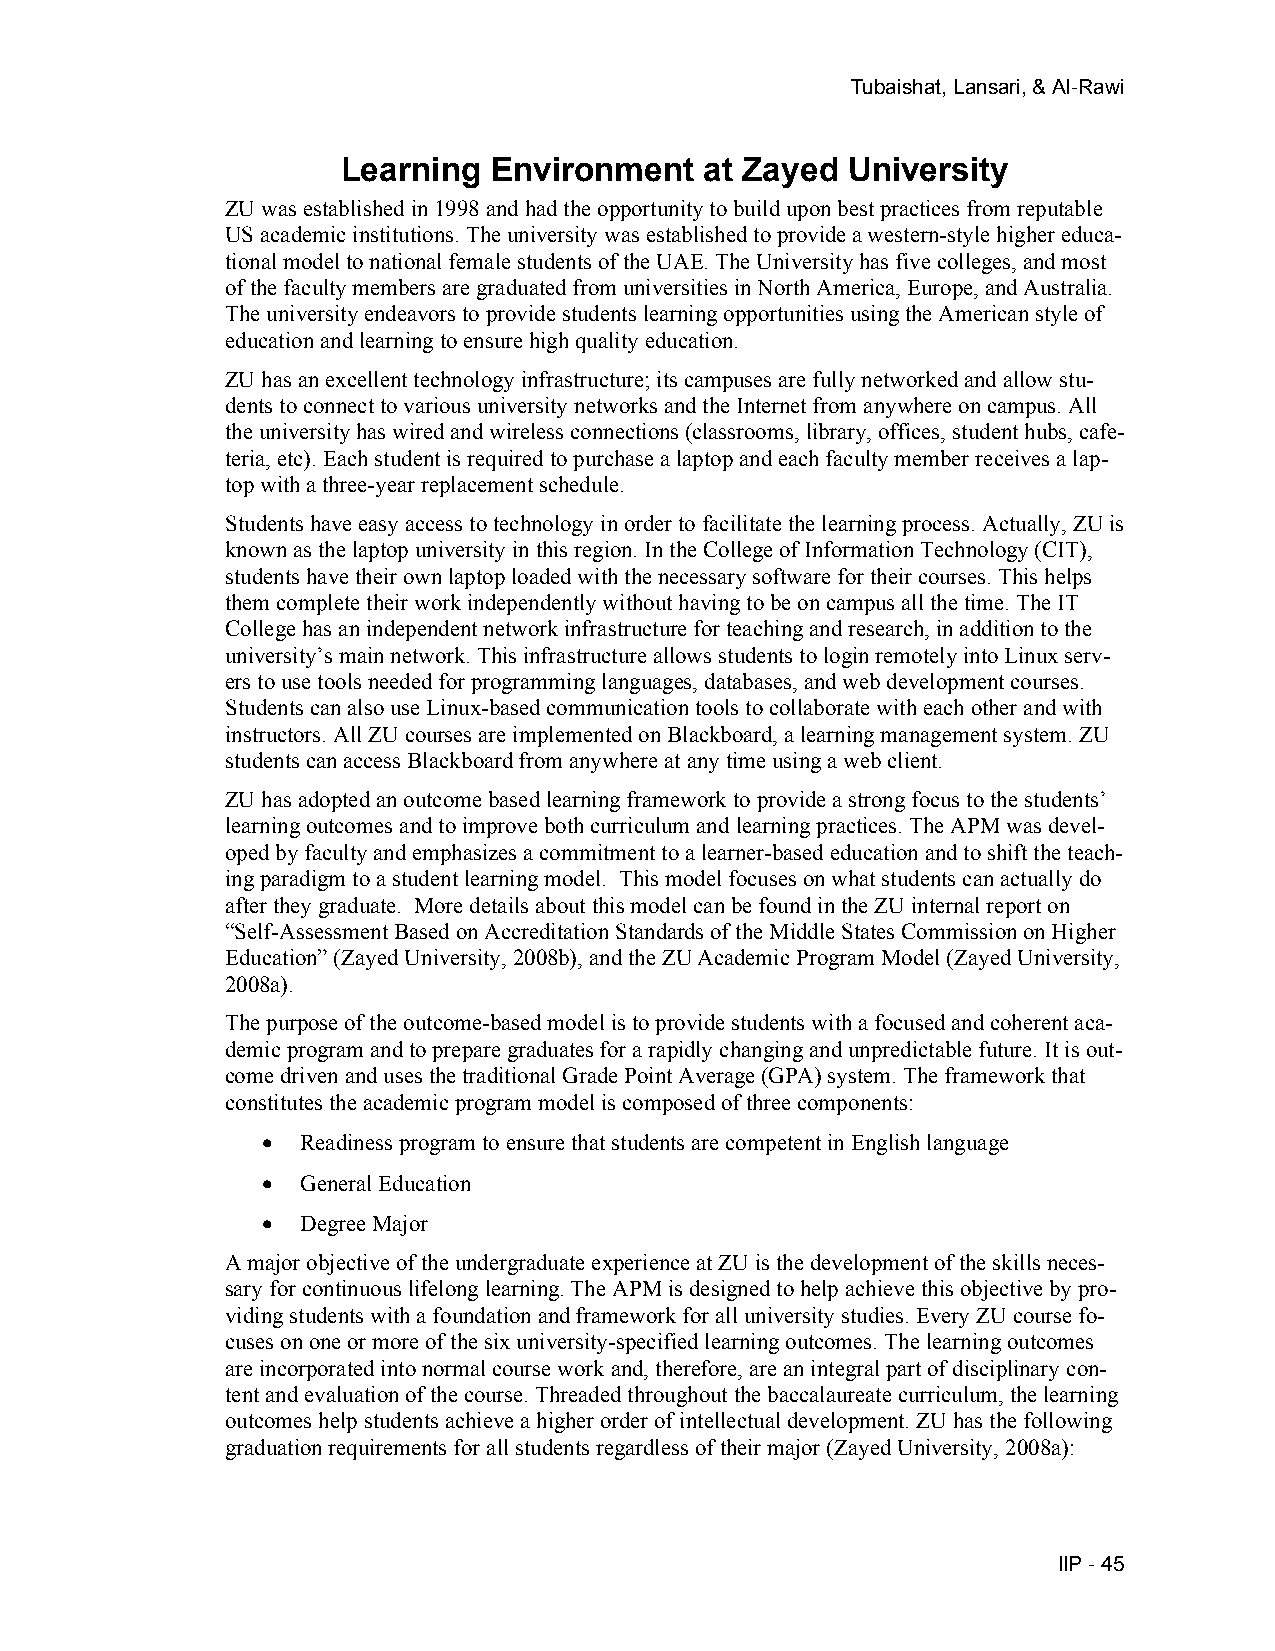
Tubaishat, Lansari, & Al-Rawi
 Learning Environment    at Zayed University
 ZU was established in 1998 and had the opportunity to build upon best practices from reputable
 US academic institutions. The university was established to provide a western-style higher educa-
 tional model to national female students of the UAE. The University has five colleges, and most
 of the faculty members are graduated from universities in North America, Europe, and Australia.
 The university endeavors to provide students learning opportunities using the American style of
 education and learning to ensure high quality education.
 ZU has an excellent technology infrastructure; its campuses are fully networked and allow stu-
 dents to connect to various university networks and the Internet from anywhere on campus. All
 the university has wired and wireless connections (classrooms, library, offices, student hubs, cafe-
 teria, etc). Each student is required to purchase a laptop and each faculty member receives a lap-
 top with a three-year replacement schedule.
 Students have easy access to technology in order to facilitate the learning process. Actually, ZU is
 known as the laptop university in this region. In the College of Information Technology (CIT),
 students have their own laptop loaded with the necessary software for their courses. This helps
 them complete their work independently without having to be on campus all the time. The IT
 College has an independent network infrastructure for teaching and research, in addition to the
 university’s main network. This infrastructure allows students to login remotely into Linux serv-
 ers to use tools needed for programming languages, databases, and web development courses.
 Students can also use Linux-based communication tools to collaborate with each other and with
 instructors. All ZU courses are implemented on Blackboard, a learning management system. ZU
 students can access Blackboard from anywhere at any time using a web client.
 ZU has adopted an outcome based learning framework to provide a strong focus to the students’
 learning outcomes and to improve both curriculum and learning practices. The APM was devel-
 oped by faculty and emphasizes a commitment to a learner-based education and to shift the teach-
 ing paradigm to a student learning model. This model focuses on what students can actually do
 after they graduate. More details about this model can be found in the ZU internal report on
 “Self-Assessment Based on Accreditation Standards of the Middle States Commission on Higher
 Education” (Zayed University, 2008b), and the ZU Academic Program Model (Zayed University,
 2008a).
 The purpose of the outcome-based model is to provide students with a focused and coherent aca-
 demic program and to prepare graduates for a rapidly changing and unpredictable future. It is out-
 come driven and uses the traditional Grade Point Average (GPA) system. The framework that
 constitutes the academic program model is composed of three components:
 •  Readiness program to ensure that students are competent in English language
 •  General Education
 •  Degree Major
 A major objective of the undergraduate experience at ZU is the development of the skills neces-
 sary for continuous lifelong learning. The APM is designed to help achieve this objective by pro-
 viding students with a foundation and framework for all university studies. Every ZU course fo-
 cuses on one or more of the six university-specified learning outcomes. The learning outcomes
 are incorporated into normal course work and, therefore, are an integral part of disciplinary con-
 tent and evaluation of the course. Threaded throughout the baccalaureate curriculum, the learning
 outcomes help students achieve a higher order of intellectual development. ZU has the following
 graduation requirements for all students regardless of their major (Zayed University, 2008a):
 IIP - 45